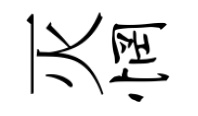
灭惘